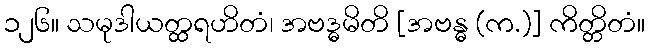
၁၂၆။ သမုဒါယတ္ထရဟိတံ၊ အဗဒ္ဓမိတိ [အဗန္ဓ (က.)] ကိတ္တိတံ။